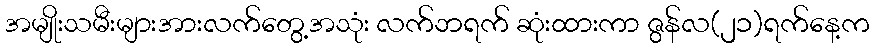
အမျိုးသမီးများအားလက်တွေ့အသုံး လက်ဘရက် ဆုံးထားကာ ဇွန်လ(၂၁)ရက်နေ့က